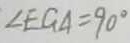
\angle E G A = 9 0 ^ { \circ }